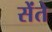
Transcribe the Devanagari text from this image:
सेंते